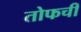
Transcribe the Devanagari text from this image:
तोफची